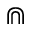
\Cap